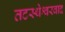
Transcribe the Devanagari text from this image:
तटस्थेश्वरवाद